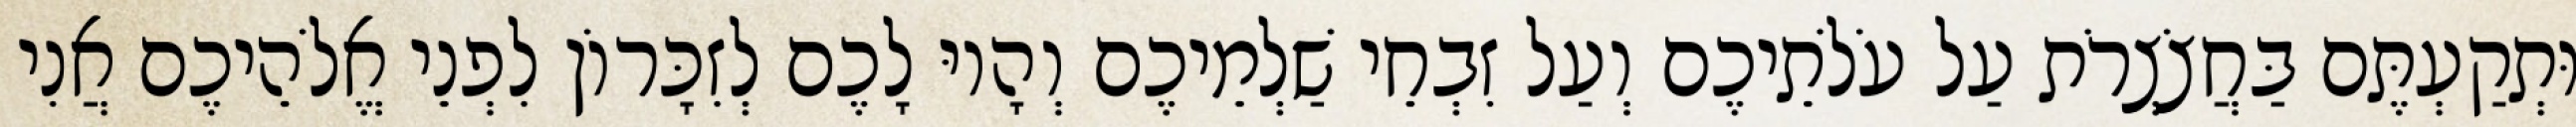
וּתְקַעְתֶּם בַּחֲצֹצְרֹת עַל עֹלֹתֵיכֶם וְעַל זִבְחֵי שַׁלְמֵיכֶם וְהָיוּ לָכֶם לְזִכָּרוֹן לִפְנֵי אֱלֹהֵיכֶם אֲנִי